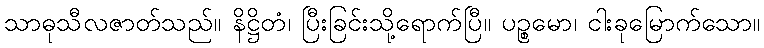
သာဓုသီလဇာတ်သည်။ နိဋ္ဌိတံ၊ ပြီးခြင်းသို့ရောက်ပြီ။ ပဉ္စမော၊ ငါးခုမြောက်သော။